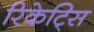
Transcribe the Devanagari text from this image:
रिकेट्सि